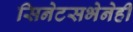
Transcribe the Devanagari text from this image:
सिनेटसभेनेही